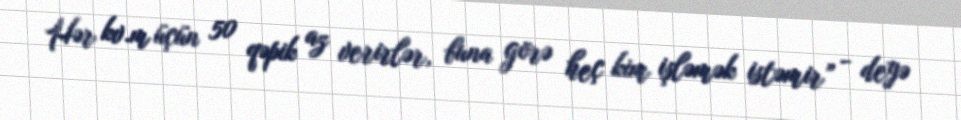
Hər kv.m üçün 50 qəpik az verirlər, buna görə heç kim işləmək istəmir” - deyə